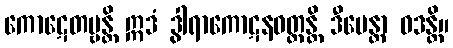
ကောဋေတဗ္ဗန္တိ ဣဒံ ဒွါရာကောဋနဝတ္တန္တိ ဒီပေန္တာ ဝဒန္တိ။